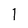
Character: 1